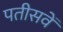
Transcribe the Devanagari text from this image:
पतीसवें